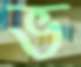
ভ